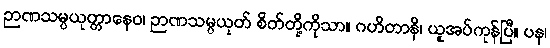
ဉာဏသမ္ပယုတ္တာနေဝ၊ ဉာဏသမ္ပယုတ် စိတ်တို့ကိုသာ။ ဂဟိတာနိ၊ ယူအပ်ကုန်ပြီ။ ပန၊